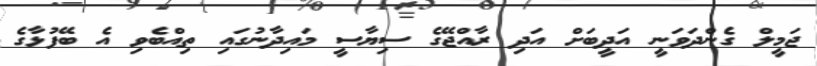
ޖަމީލް ގެންދަވަނީ އަދީބަށް އަދި ރާއްޖޭގެ ސިޔާސީ މައިދާނުގައި ތިއްބެވި އެ ބޭފުޅާގެ